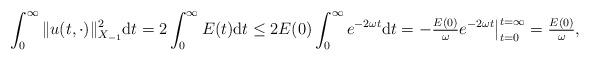
LaTeX: \begin{align*} \int_{0}^{\infty} \|u(t, \cdot)\|_{X_{-1}}^{2} \mathrm{d}t = 2 \int_{0}^{\infty} E(t) \mathrm{d}t \leq 2 E(0) \int_{0}^{\infty} e^{-2 \omega t} \mathrm{d}t = -\tfrac{E(0)}{\omega} e^{-2 \omega t}\big|_{t = 0}^{t = \infty} = \tfrac{E(0)}{\omega}, \end{align*}